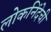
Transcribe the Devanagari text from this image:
लोकनिंदेची